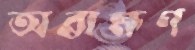
অব্রাহ্মণ